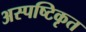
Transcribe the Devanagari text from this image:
अस्पष्टिकृत